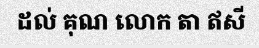
ដល់ គុណ លោក តា ឥសី